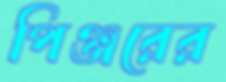
পিঞ্জরের